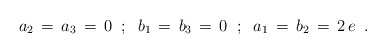
\begin{align*}a_{2}\,=\,a_{3}\,=\,0\;\; ;\;\; b_{1}\,=\,b_{3}\,=\,0\;\;;\;\;a_{1}\,=\,b_{2}\,=\,2\,e\;\;.\end{align*}